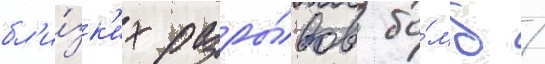
бл'и́зк'их разры́вов бо́мб /